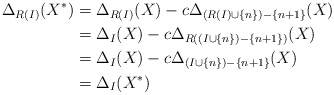
\begin{align*}\Delta_{R(I)}(X^*) &= \Delta_{R(I)}(X) - c \Delta_{(R(I) \cup \{n\}) - \{n+1\}}(X)\\&= \Delta_I(X) - c \Delta_{R((I \cup \{n\} )- \{n+1\})}(X)\\&= \Delta_I(X) - c \Delta_{(I \cup \{n\})-\{n+1\}}(X)\\& = \Delta_I(X^*)\end{align*}